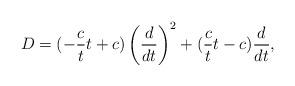
LaTeX: \begin{align*}D = ( -\dfrac{c}{t}t+c)\left( \dfrac{d}{dt} \right)^2 + (\dfrac{c}{t}t-c)\dfrac{d}{dt}, \end{align*}